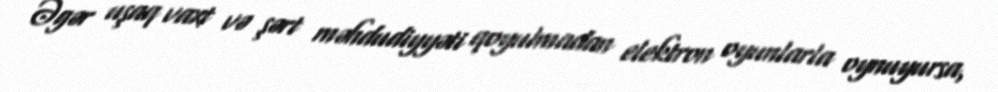
Əgər uşaq vaxt və şərt məhdudiyyəti qoyulmadan elektron oyunlarla oynuyursa,